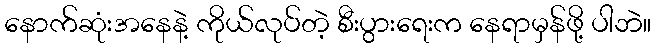
နောက်ဆုံးအနေနဲ့ ကိုယ်လုပ်တဲ့ စီးပွားရေးက နေရာမှန်ဖို့ ပါဘဲ။